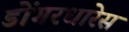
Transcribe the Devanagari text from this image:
डोंगरधारेस